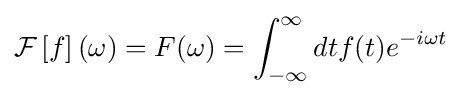
{\mathcal {F}}\left[f\right](\omega )=F(\omega )=\int _{-\infty }^{\infty }dtf(t)e^{-i\omega t}